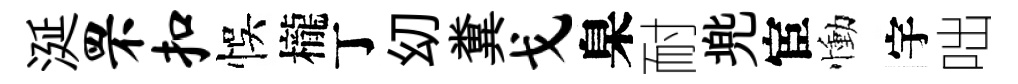
涎罘扣悞櫳丁㓜糞戈臬耐兠宦慟宇咄